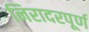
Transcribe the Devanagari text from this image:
निरादरपूर्ण